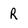
Character: R